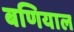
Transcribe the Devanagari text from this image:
बणियाल